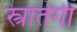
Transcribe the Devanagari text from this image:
स्त्रातेगी